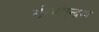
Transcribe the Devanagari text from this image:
रश्मिश्चन्द्रमा